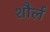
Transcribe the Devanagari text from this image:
शौर्ल